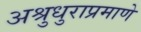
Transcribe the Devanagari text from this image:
अश्रुधुराप्रमाणे